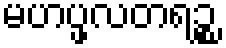
မဟပ္ဖလတရဉ္စ